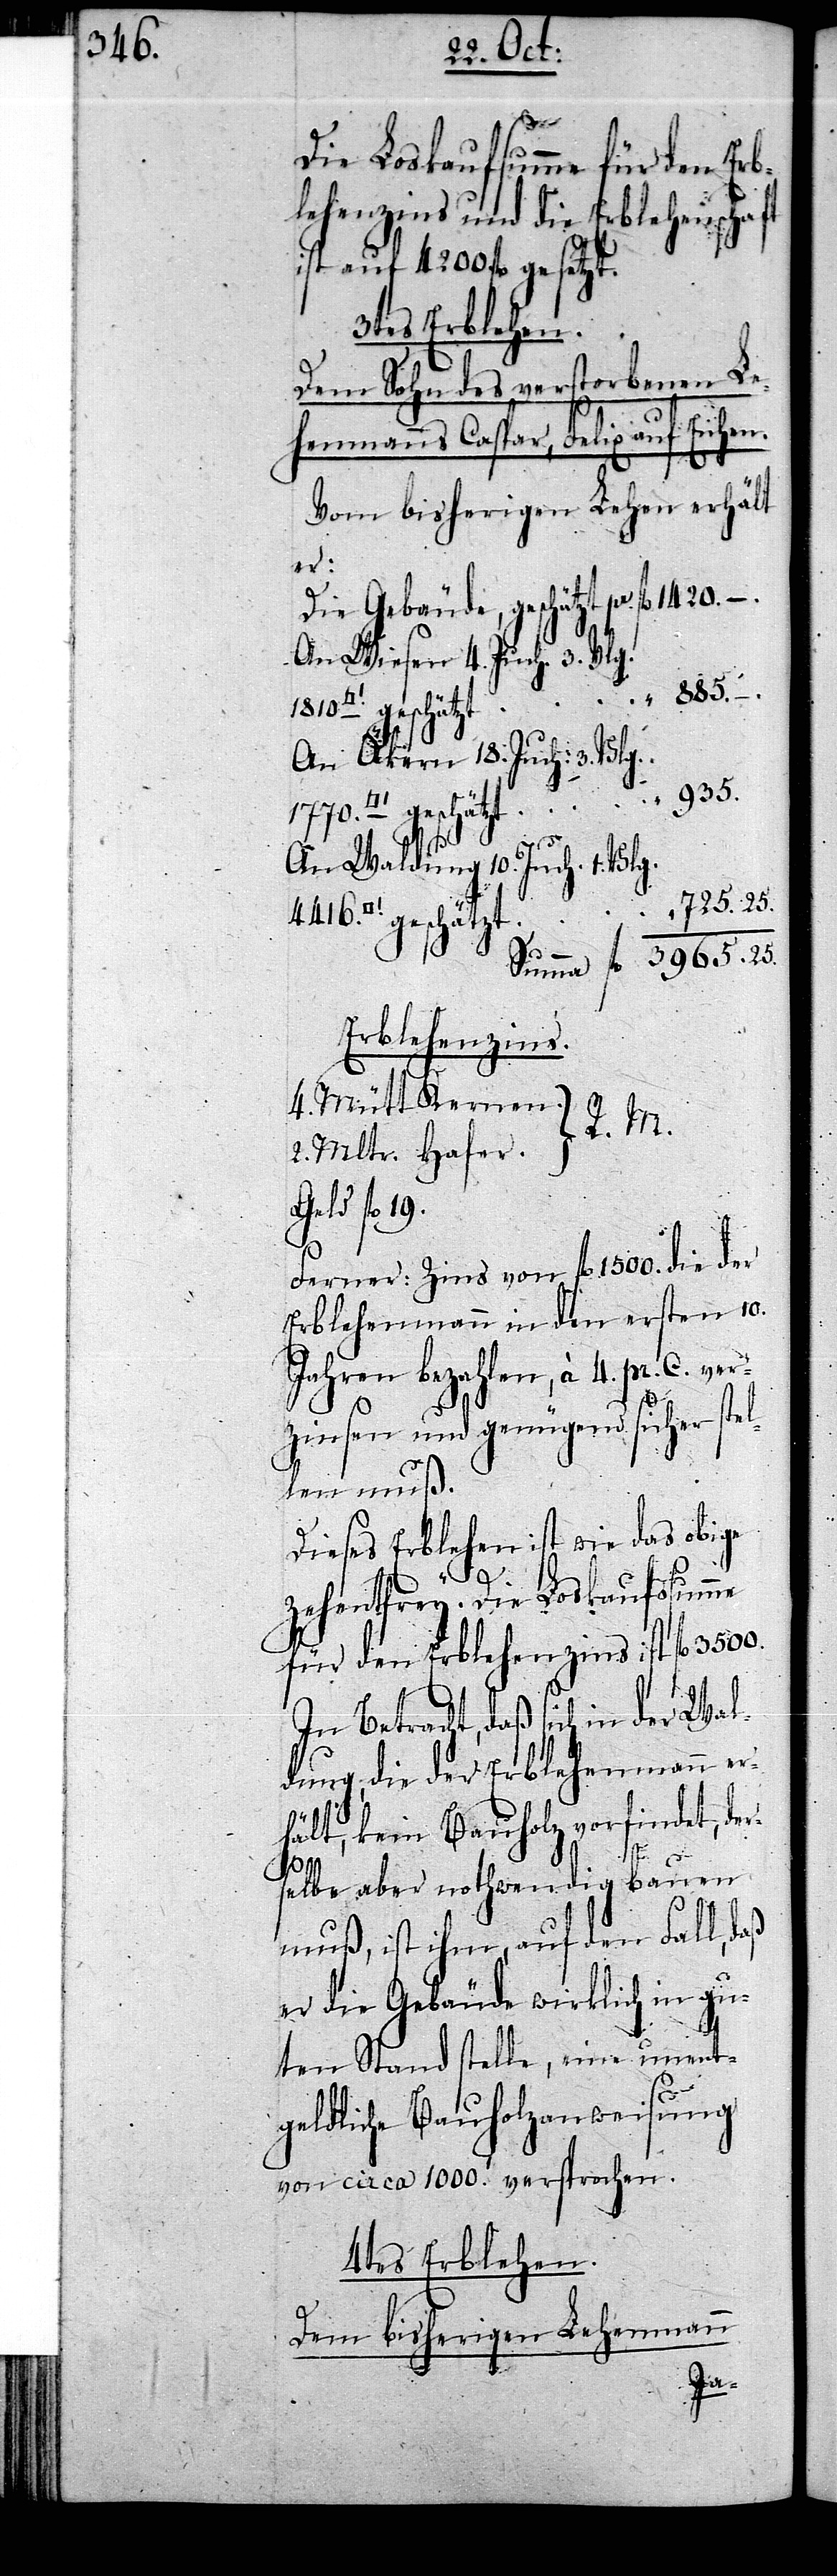
4416.

ver¬
Die Loskaufsumme für den Erb¬
lehenzins und die Erblehenschaft
ist auf 4200. fl gesetzt.
3tes Erblehen.
Dem Sohn des verstorbenenen
Lehenmanns Capar, Felix auf Eichen.
Vom bisherigen Lehen erhält
er:
Die Gebäude, geschätzt pr
An Wiesen 4. Juch. 3. Vlg.
3965.25.
–.
An Äkern 18. Juch: 3. Vlg.
An Waldung 10. Juch. 1. Vlg.
725.25.
tfuss] geschätzt
Erblehenzins.
4. Mütt Kernen.
R. M.
2. Mltr. Hafer.
Geld fl 19.
Ferner: Zins von fl 1500. die der
Erblehenmann in den ersten 10.
Jahren bezahlen, à 4. pr. C. ve¬
rzinsen und genügend sicher ste¬
llen muß.
Dieses Erblehen ist wie das obige
Zehentfrey. Die Loskaufssumme
für den Erblehenzins ist fl 3500.
In Betracht, daß sich in der Wal¬
dung, die der Erblehenmann er¬
hält, kein Bauholz vorfindet, de¬
sprochen.
rselbe aber nothwendig bauen
muß, ist ihm, auf den Fall, daß
er die Gebäude wirklich in gu¬
ten Stand stelle, eine untent¬
geldliche Bauholzanweisung
4tes Erblehen.
Dem bisherigen Lehenmann